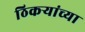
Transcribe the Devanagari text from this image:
ठिकऱ्यांच्या